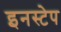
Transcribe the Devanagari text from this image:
इनस्टेप